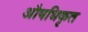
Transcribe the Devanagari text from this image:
औषधिकृत